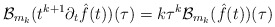
\begin{align*}\mathcal{B}_{m_k}(t^{k+1}\partial_{t}\hat{f}(t))(\tau) = k \tau^{k} \mathcal{B}_{m_k}(\hat{f}(t))(\tau) \end{align*}